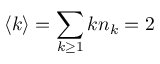
\langle k \rangle = \sum _ { k \geq 1 } k n _ { k } = 2